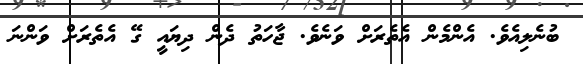
ބުނެލިއެވެ. އެންމެން އެތެރަށް ވަނެވެ. ޖާހަތު ދެން ދިޔައީ ގޭ އެތެރަށް ވަންނަ